DOW-UAP-D56, Range Fouler Debrief, Arabian Sea, August 2020
Agency: Department of War
Incident date: 8/24/20
Incident location: Arabian Sea
Page 1
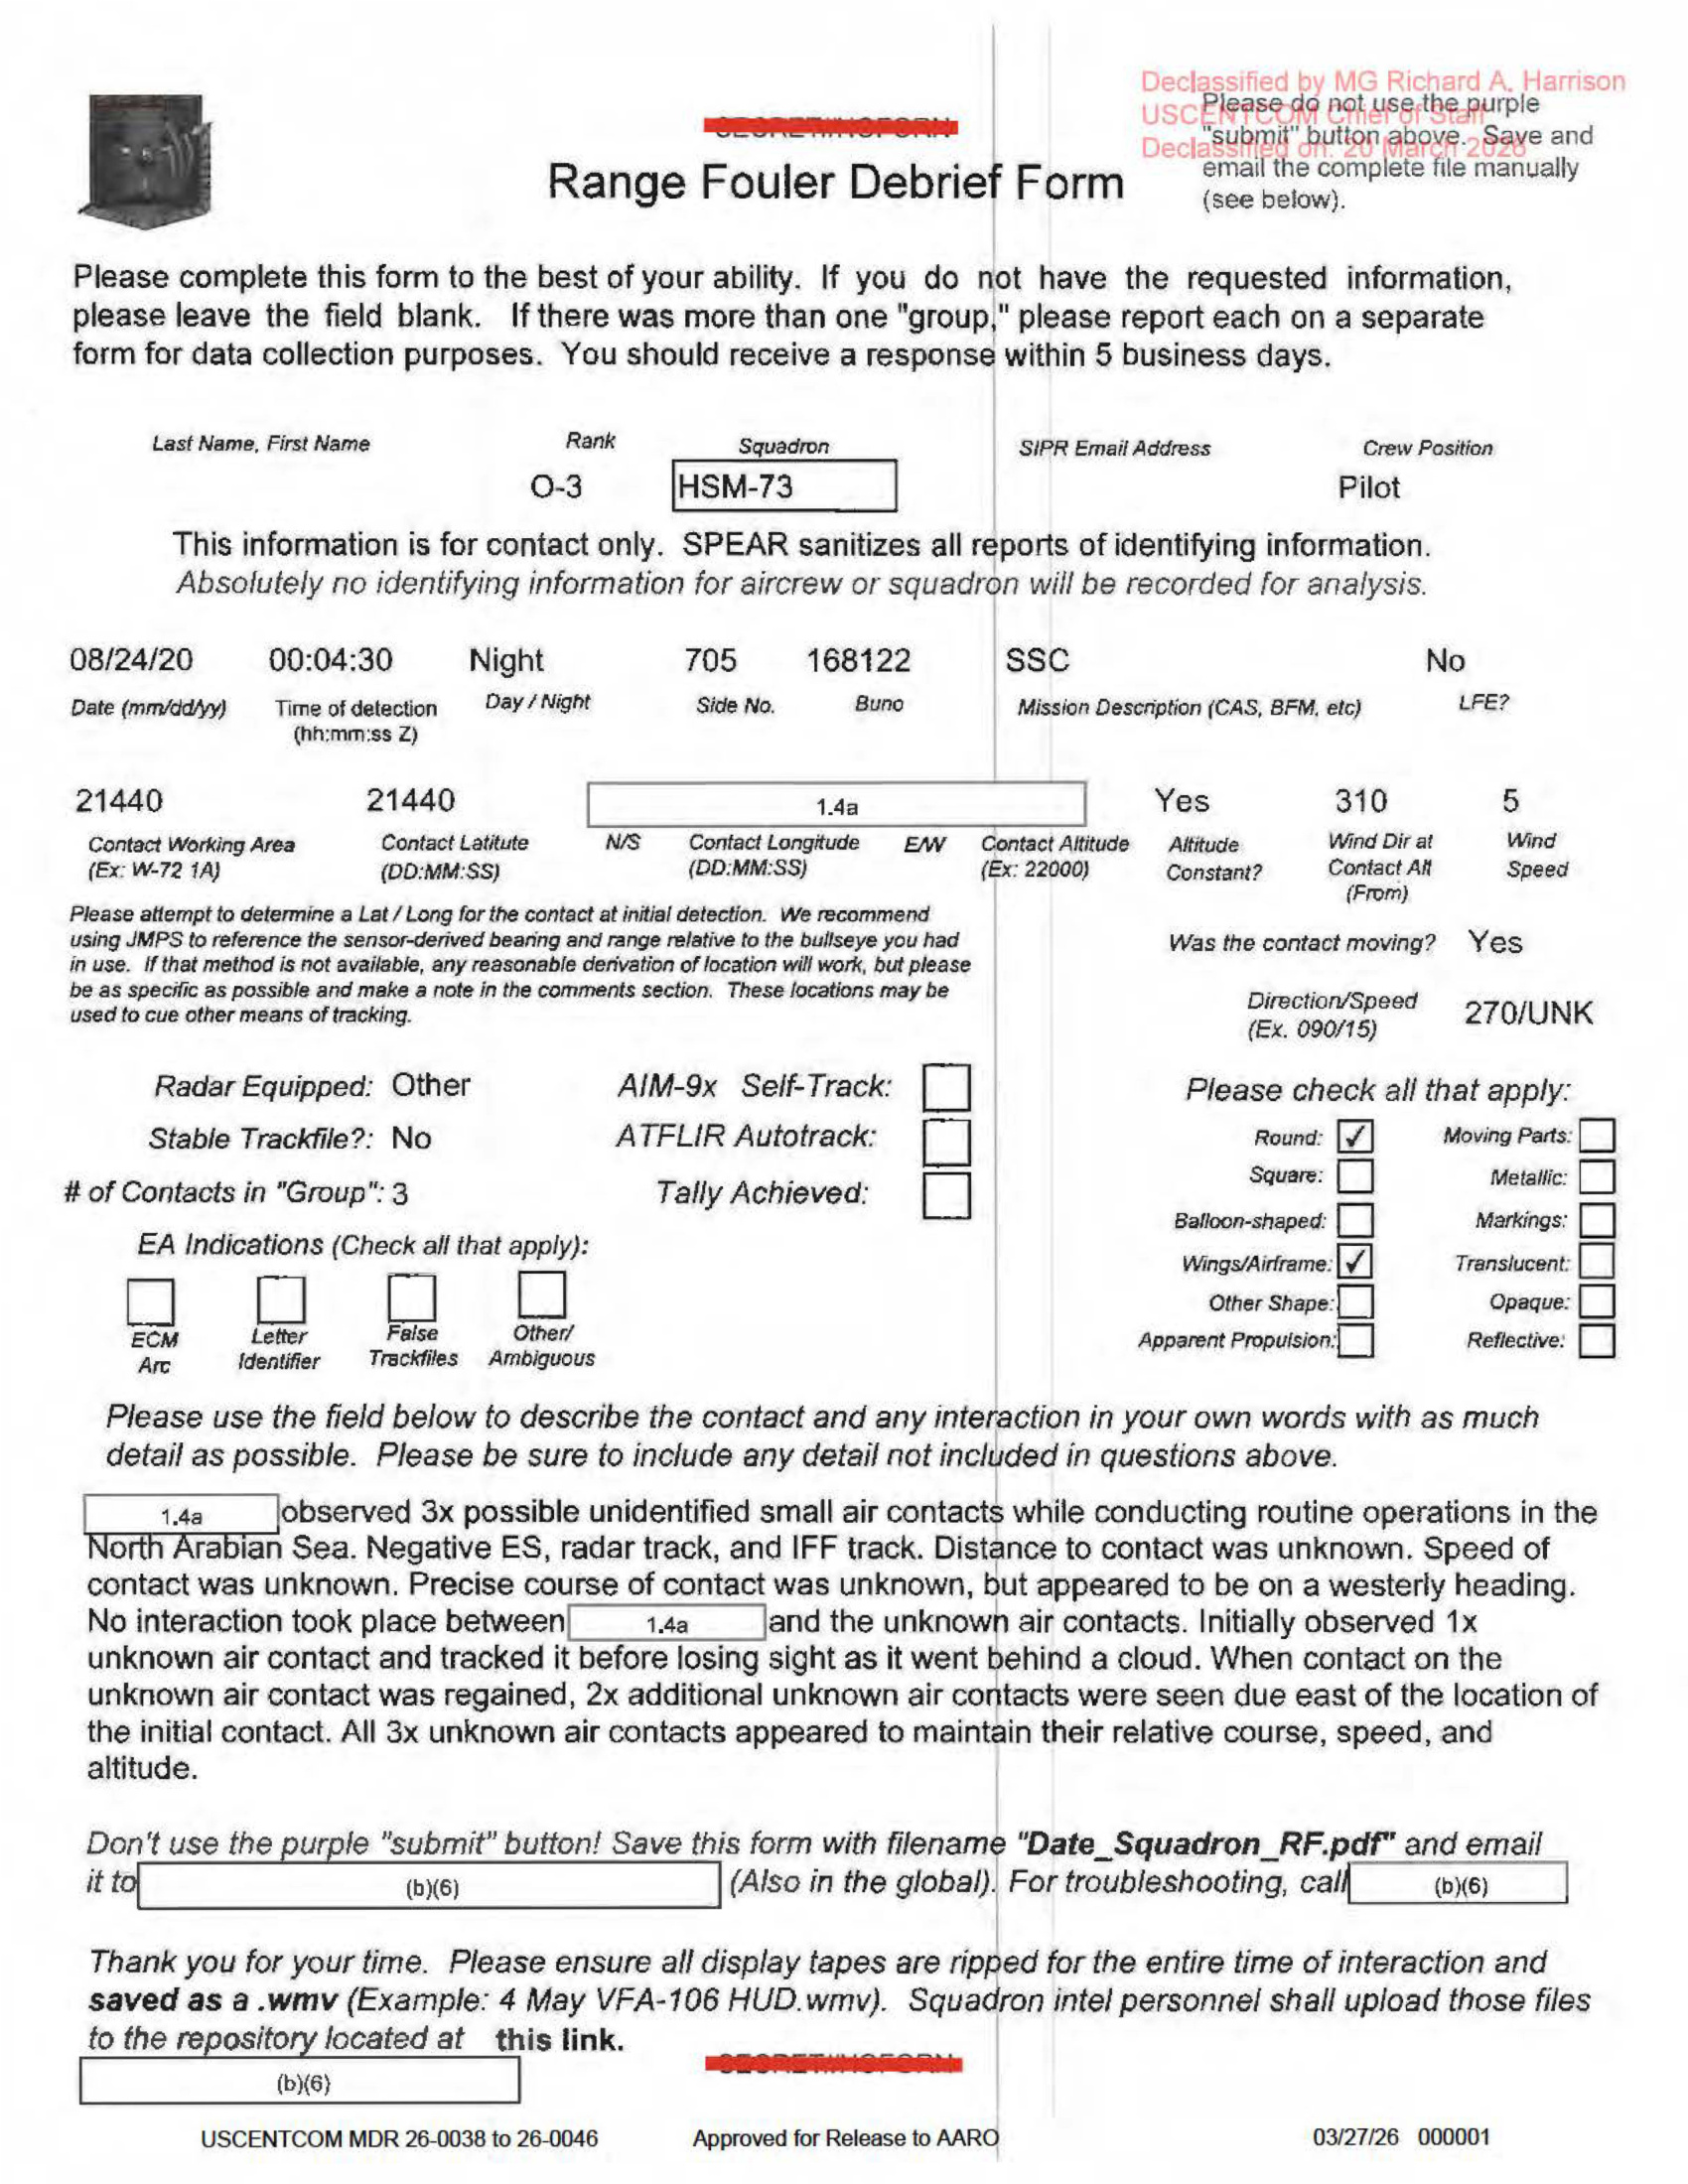